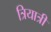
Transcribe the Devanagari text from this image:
त्रियात्री